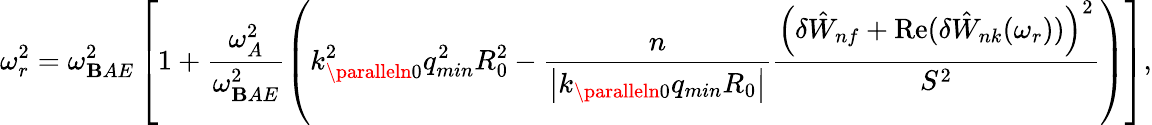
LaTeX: \omega_{r}^{2}=\omega_{\mathbf{B}AE}^{2}\left[1+\frac{{\omega_{A}^{2}}}{{\omega_{\mathbf{B}AE}^{2}}}\left(k_{\paralleln0}^{2}q_{min}^{2}R_{0}^{2}-\frac{{n}}{{\left|k_{\paralleln0}q_{min}R_{0}\right|}}\frac{{\left(\delta{\hat{{W}}}_{nf}+\mathrm{{Re}}(\delta{\hat{{W}}}_{nk}(\omega_{r}))\right)^{2}}}{{S^{2}}}\right)\right],